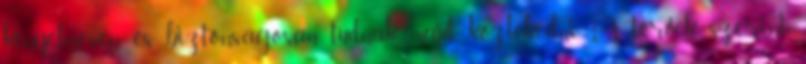
kényelmesen és biztonságosan tudnak majd közlekedni. A tervek szerint